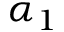
\alpha _ { 1 }